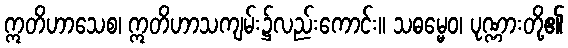
ဣတိဟာသေစ၊ ဣတိဟာသကျမ်း၌လည်းကောင်း။ သဓမ္မေဝ၊ ပုဏ္ဏားတို့၏